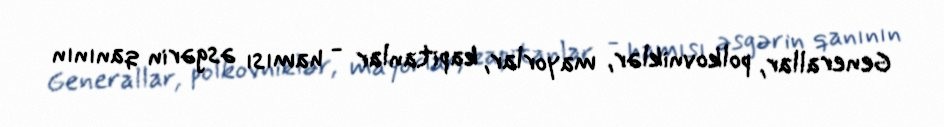
Generallar, polkovniklər, mayorlar, kapitanlar - hamısı əsgərin qanının